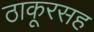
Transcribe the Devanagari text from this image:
ठाकूरसह